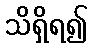
သိရှိရ၍